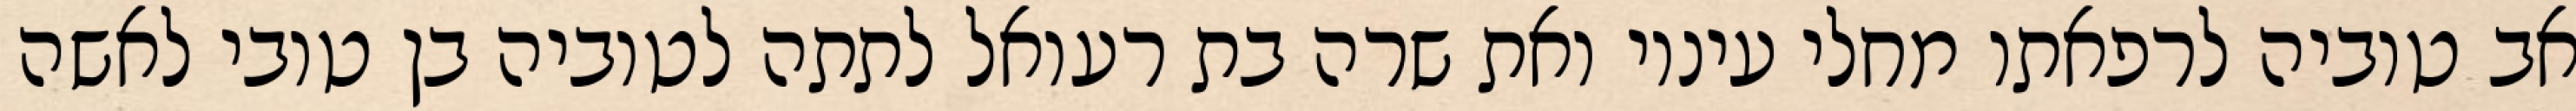
אב טוביה לרפאתו מחלי עיניו ואת שרה בת רעואל לתתה לטוביה בן טובי לאשה